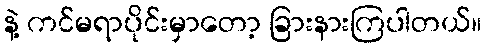
နဲ့ ကင်မရာပိုင်းမှာတော့ ခြားနားကြပါတယ်။